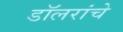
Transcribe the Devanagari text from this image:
डॉलरांचे